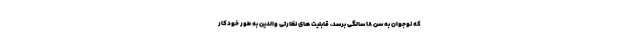
که نوجوان به سن ۱۸ سالگی برسد، قابلیت های نظارتی والدین به طور خودکار